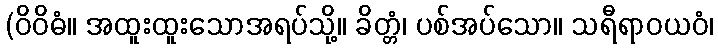
(ဝိဝိဓံ။ အထူးထူးသောအရပ်သို့။ ခိတ္တံ၊ ပစ်အပ်သော။ သရီရာဝယဝံ၊